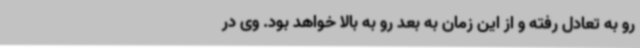
رو به تعادل رفته و از این زمان به بعد رو به بالا خواهد بود. وی در